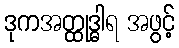
ဒုကအတ္ထုဒ္ဓါရ အဖွင့်